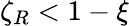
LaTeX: \zeta_{R}<1-\xi